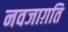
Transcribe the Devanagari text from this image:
नवजाग़ति